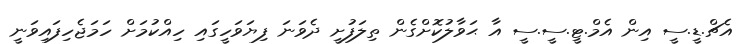
އެޗް.ޑީ.ސީ އިން އެމް.ޓީ.ސީ.ސީ އާ ޙަވާލުކޮށްގެން ތިލަފުށީ ދެވަނަ ފިޔަވަހީގައި ހިއްކުމަށް ހަމަޖެހިފައިވަނީ